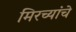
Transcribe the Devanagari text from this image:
मिरच्यांचे